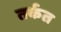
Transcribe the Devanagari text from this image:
तर्कत